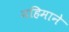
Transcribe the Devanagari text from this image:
महिमाने